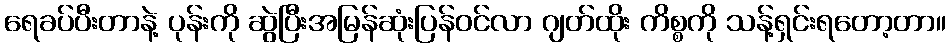
ရေခပ်ပီးတာနဲ့ ပုန်းကို ဆွဲပြီးအမြန်ဆုံးပြန်ဝင်လာ ဂျတ်ထိုး ကိစ္စကို သန့်ရှင်းရတော့တာ။